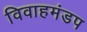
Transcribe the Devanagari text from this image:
विवाहमंडप